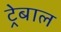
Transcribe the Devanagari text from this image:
ट्रेबाल